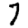
Digit: 7